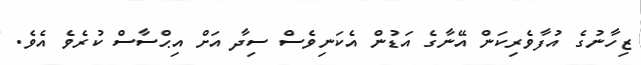
ޒިހާނުގެ އުފާވެރިކަން އޭނާގެ އަޑުން އެކަނިވެސް ސިދާ އަށް އިޙްސާސް ކުރެވެ އެވެ.